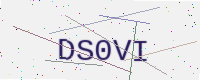
Text: DS0VI